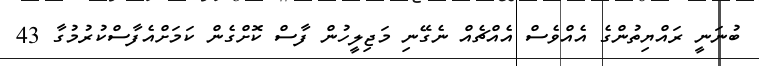
ބުނަނީ ރައްޔިތުންގެ އެއްވެސް އެއްޗެއް ނެގޭނި މަޖިލީހުން ފާސް ކޮށްގެން ކަމަށްއެފާސްކުރުމުގާ 43